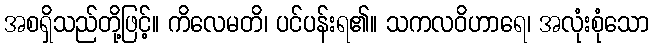
အစရှိသည်တို့ဖြင့်။ ကိလေမတိ၊ ပင်ပန်းရ၏။ သကလဝိဟာရေ၊ အလုံးစုံသော